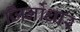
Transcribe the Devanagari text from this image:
जिर्नोधार